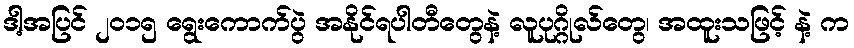
ဒါ့အပြင် ၂၀၁၅ ရွေးကောက်ပွဲ အနိုင်ရပါတီတွေနဲ့ လူပုဂ္ဂိုလ်တွေ၊ အထူးသဖြင့် နဲ့ က